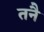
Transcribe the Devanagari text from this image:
तनै